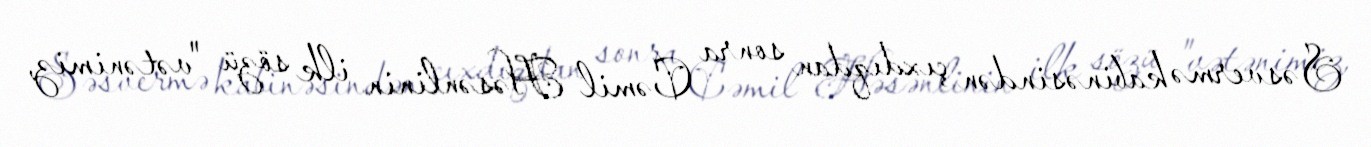
Səsvermə kabinəsindən çıxdıqdan sonra Cəmil Həsənlinin ilk sözü "vətənimiz,